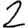
Digit: 2